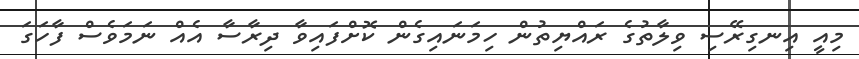
މިއީ އިނގިރޭސި ވިލާތުގެ ރައްޔިތުން ހިމަނައިގެން ކޮށްފައިވާ ދިރާސާ އެއް ނަމަވެސް ފާހަގަ